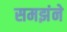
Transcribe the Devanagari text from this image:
समझंने